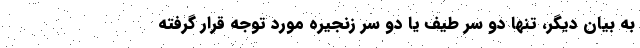
به بیان دیگر، تنها دو سر طیف یا دو سر زنجیره مورد توجه قرار گرفته